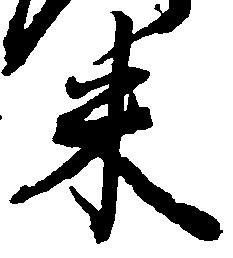
米